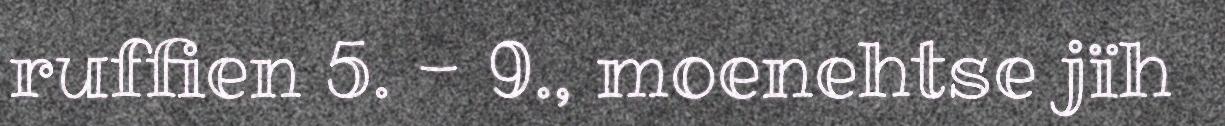
ruffien 5. - 9., moenehtse jïh